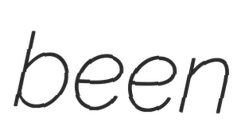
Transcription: been